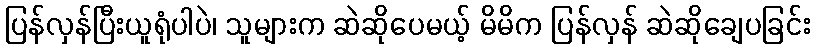
ပြန်လှန်ပြီးယူရုံပါပဲ၊ သူများက ဆဲဆိုပေမယ့် မိမိက ပြန်လှန် ဆဲဆိုချေပခြင်း